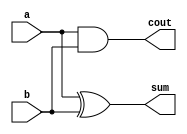
module  ha(a, b, sum, cout);
// input and output interface
    input a, b;
    output sum, cout;

// structural modeling
    xor g1(sum, a, b);
    and g2(cout, a, b);

endmodule